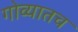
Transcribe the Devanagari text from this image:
गोव्यातच